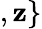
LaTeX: ,\mathbf{z}\}